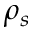
\rho _ { s }